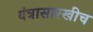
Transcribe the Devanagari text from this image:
यंत्रासारखीच